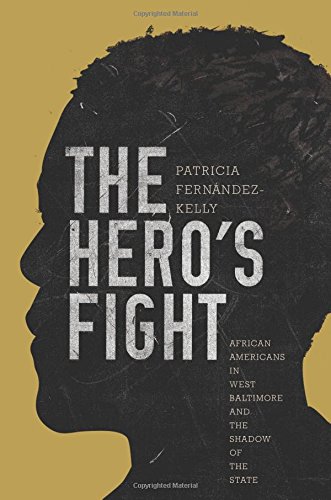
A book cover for The Hero's Fight: African Americans in West Baltimore and the Shadow of the State; Patricia FernÃ¡ndez-Kelly; Politics & Social Sciences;